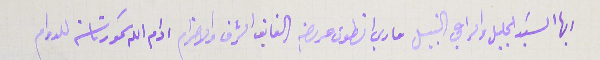
ايها السَيد الجليل والراعي النبيل ماري انطون عريضه الفايق الشرف والاحترام ادام الله سَمو رئاسته للدوام